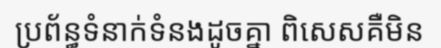
ប្រព័ន្ធទំនាក់ទំនងដូចគ្នា ពិសេសគឺមិន